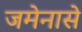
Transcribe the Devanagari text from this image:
जमेनासे